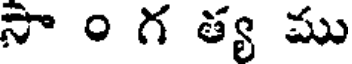
సా ం గ త్య ము